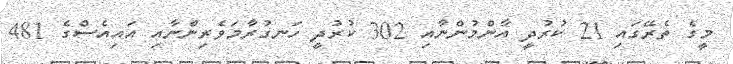
މީގެ ތެރޭގައި 21 ކުރުދީ އާންމުންނާއި 302 ކުރުދީ ހަނގުރާމަވެރިންނާއި އައިއެސްގެ 481